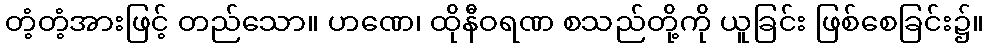
တံ့တံ့အားဖြင့် တည်သော။ ဟဏေ၊ ထိုနီဝရဏ စသည်တို့ကို ယူခြင်း ဖြစ်စေခြင်း၌။